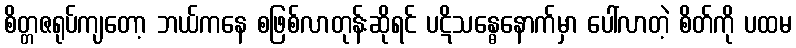
စိတ္တဇရုပ်ကျတော့ ဘယ်ကနေ စဖြစ်လာတုန်းဆိုရင် ပဋိသန္ဓေနောက်မှာ ပေါ်လာတဲ့ စိတ်ကို ပထမ